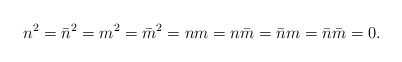
\begin{align*}n^{2}=\bar{n}^{2}=m^{2}=\bar{m}^{2}=nm=n\bar{m}=\bar{n}m=\bar{n}\bar{m}=0.\end{align*}